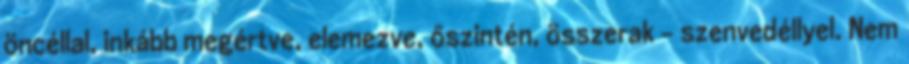
öncéllal, inkább megértve, elemezve, őszintén, összerak – szenvedéllyel. Nem